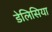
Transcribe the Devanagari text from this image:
डेलिसिया